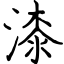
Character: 漆